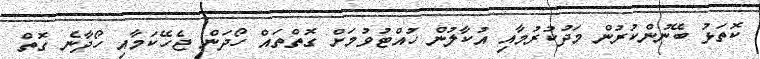
ކޮތަޅު ބޭނުންކުރުން މަދުކުރުމާއި އުކާލުން ހުއްޓުވުމަށް ގޮތްތައް ހޯދަން ޖެހޭކަމާއި ހޯދާނެ ގޮތް